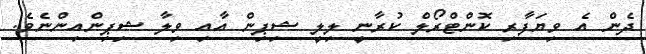
ދެން އެ ވިޔަފާރި ކޮންޓްރޯލް ކުރާނީ ލިލީ ޝިޕިން އާއި ވިލާ ޝިޕިންއިންނެވެ.